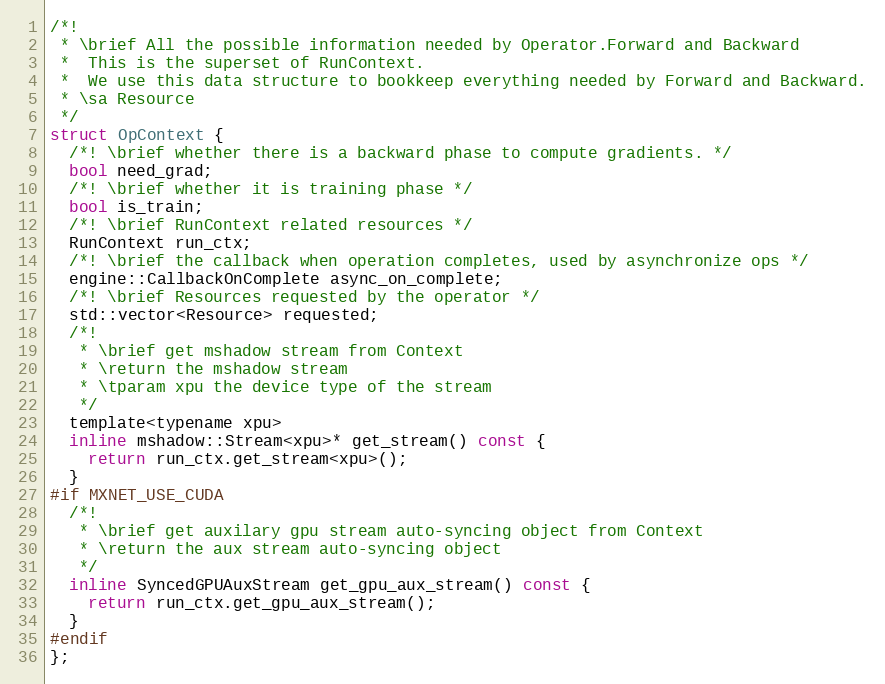
Language: C
/*!
 * \brief All the possible information needed by Operator.Forward and Backward
 *  This is the superset of RunContext.
 *  We use this data structure to bookkeep everything needed by Forward and Backward.
 * \sa Resource
 */
struct OpContext {
  /*! \brief whether there is a backward phase to compute gradients. */
  bool need_grad;
  /*! \brief whether it is training phase */
  bool is_train;
  /*! \brief RunContext related resources */
  RunContext run_ctx;
  /*! \brief the callback when operation completes, used by asynchronize ops */
  engine::CallbackOnComplete async_on_complete;
  /*! \brief Resources requested by the operator */
  std::vector<Resource> requested;
  /*!
   * \brief get mshadow stream from Context
   * \return the mshadow stream
   * \tparam xpu the device type of the stream
   */
  template<typename xpu>
  inline mshadow::Stream<xpu>* get_stream() const {
    return run_ctx.get_stream<xpu>();
  }
#if MXNET_USE_CUDA
  /*!
   * \brief get auxilary gpu stream auto-syncing object from Context
   * \return the aux stream auto-syncing object
   */
  inline SyncedGPUAuxStream get_gpu_aux_stream() const {
    return run_ctx.get_gpu_aux_stream();
  }
#endif
};